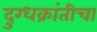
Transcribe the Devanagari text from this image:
दुग्धक्रांतीचा